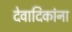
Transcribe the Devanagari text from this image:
देवादिकांना